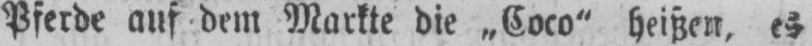
Pferde auf dem Markte die „Coco“ heißen, es